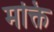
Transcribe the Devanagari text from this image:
मक्ति